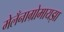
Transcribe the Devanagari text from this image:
मेलँनाग्रोमायझा